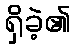
ရှိခဲ့၏